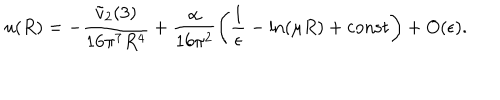
u ( R ) = - \frac { \tilde { v } _ { 2 } ( 3 ) } { 1 6 \pi ^ { 7 } R ^ { 4 } } + \frac { \alpha } { 1 6 \pi ^ { 2 } } \left( \frac { 1 } { \epsilon } - \ln ( \mu R ) + \mathrm { c o n s t } \right) + O ( \epsilon ) .